Medical and sanitary report on the native army of Bombay for the year
Year: 1877
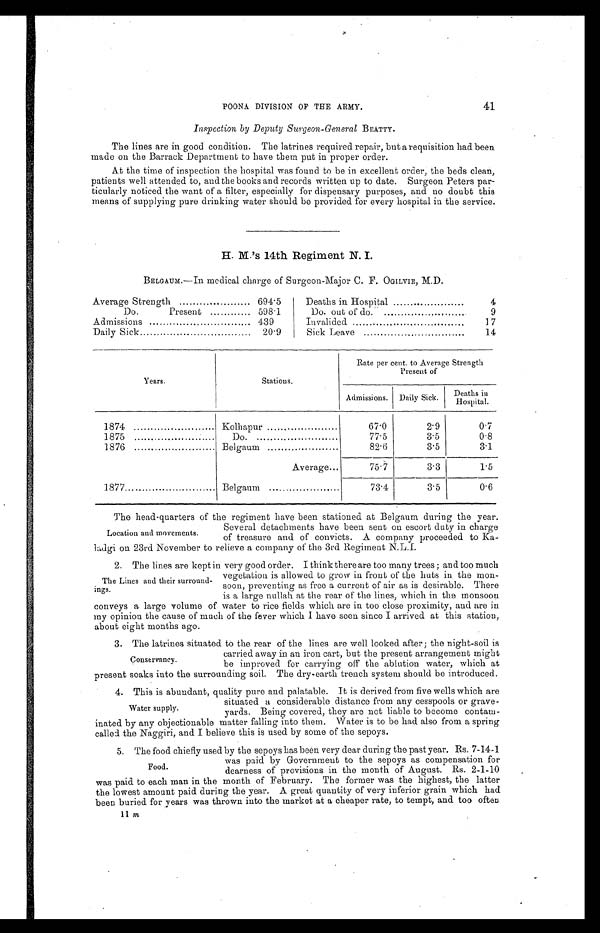
POONA DIVISION OF THE ARMY.
41
Inspection by Deputy Surgeon-General BEATTY.
The lines are in good condition. The latrines required repair, but a requisition had been
made on the Barrack Department to have them put in proper order.
At the time of inspection the hospital was found to be in excellent order, the beds clean.,
patients well attended to, and the books and records written up to date. Surgeon Peters par-
ticularly noticed the want of a filter, especially for dispensary purposes, and no doubt this
means of supplying pure drinking water should be provided for every hospital in the service.
M.'s 14th Regiment N. I.
BELGAUM.—In medical charge of Surgeon-Major C. F. OGILVIE, M.D.
Average Strength
694.5
Deaths in Hospital
..
4
Do.
Present
598.1
Do. out of do.
9
Admissions
439
Invalided
17
Daily Sick
20.9
Sick Leave
14
Years.
Stations.
Rate per cent. to Average Strength
Present of
Admissions. Daily Sick. Deaths i
n Hospital.
1874
Kolhapur
67.0
2.9
0.7
1875
Do
77.5
3.5
0.8
1876
Belgaum
82.6
3.5
3.1
Average
75.7
3.3
1.5
1877...
Belgaum
73.4
3.5
0.6
•
The head-quarters of the regiment have been stationed at Belgaum during the year.
Several detachments have been sent on escort duty in charge
of treasure and of convicts. A company proceeded to Ka-
l a d g i o n 2 3 r d N o v e m b e r t o r e l i e v e a c o m p a n y o f t h e 3 r d R e g i m e n t N . L . I .
2. The lines are kept in very good order. I think there are too many trees; and too much
vegetation is allowed to grow in front of the huts in the mon-
soon, preventing as free a current of air as is desirable. There
is a large nullah at the rear of the lines, which in the monsoon
conveys a large volume of water to rice fields which are in too close proximity, and are in
my opinion the cause of much of the fever which I have seen since I arrived at this station,
about eight months ago.
3. The latrines situated to the rear of the lines are well looked after; the night-soil is
carried away in an iron cart, but the present arrangement might
be improved for carrying off the ablution water, which at
present soaks into the surrounding soil. The dry-earth trench system should be introduced.
4. This is abundant, quality pure and palatable. It is derived from five wells which are
situated a considerable distance from any cesspools or grave-
yards. Being covered, they are not liable to become contam-
inated by any objectionable matter falling into them. Water is to be had also from a spring
called the Naggiri, and I believe this is used by some of the sepoys.
5. The food chiefly used by the sepoys has been very dear during the past year. Rs. 7-14-1
was paid by Government to the sepoys as compensation for
dearness of provisions in the month of August. Rs. 2-1-10
was paid to each man in the month of February. The former was the highest, the latter
the lowest amount paid during the year. A great quantity of very inferior grain which had
been buried for years was thrown into the market at a cheaper rate, to tempt, and too often
Location and movements.
The Lines and their surround-
ings.
Conservancy.
Water supply.
Food.
11 m